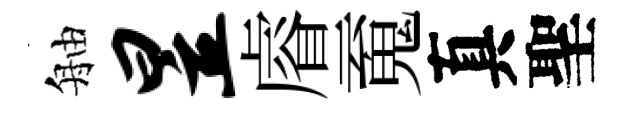
舳昱𥈠䰟真聖